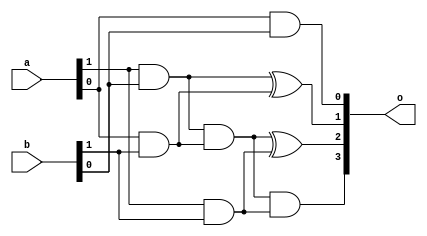
`timescale 1ns / 1ps

module twobitmultiplier(a,b,o);
input [1:0] a,b; output [3:0] o;

wire p0,p1,p2,c1;
and a0(o[0],a[0],b[0]);
and a1(p0,a[1],b[0]);
and a2(p1,a[0],b[1]);
and a3(p2,a[1],b[1]);
xor x0(o[1],p0,p1);
and a4(c1,p0,p1);
xor x1(o[2],c1,p2);
and a5(o[3],c1,p2);

endmodule